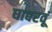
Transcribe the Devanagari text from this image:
घाबरवूं